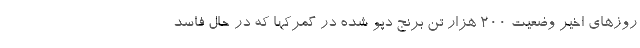
روزهای اخیر وضعیت ۲۰۰ هزار تن برنج دپو شده در گمرکها که در حال فاسد